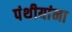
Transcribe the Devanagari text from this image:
पंथीयांना